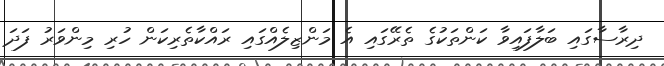
ދިރާސާގައި ބަލާފައިވާ ކަންތަކުގެ ތެރޭގައި އެ މަންޒިލެއްގައި ރައްކާތެރިކަން ހުރި މިންވަރު ފަދަ